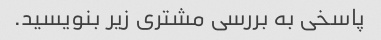
پاسخی به بررسی مشتری زیر بنویسید.